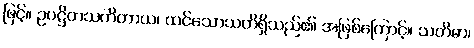
ဖြင့်။ ဥပဋ္ဌိတသတိတာယ၊ ထင်သောသတိရှိသည်၏ အဖြစ်ကြောင့်။ သတိမာ၊